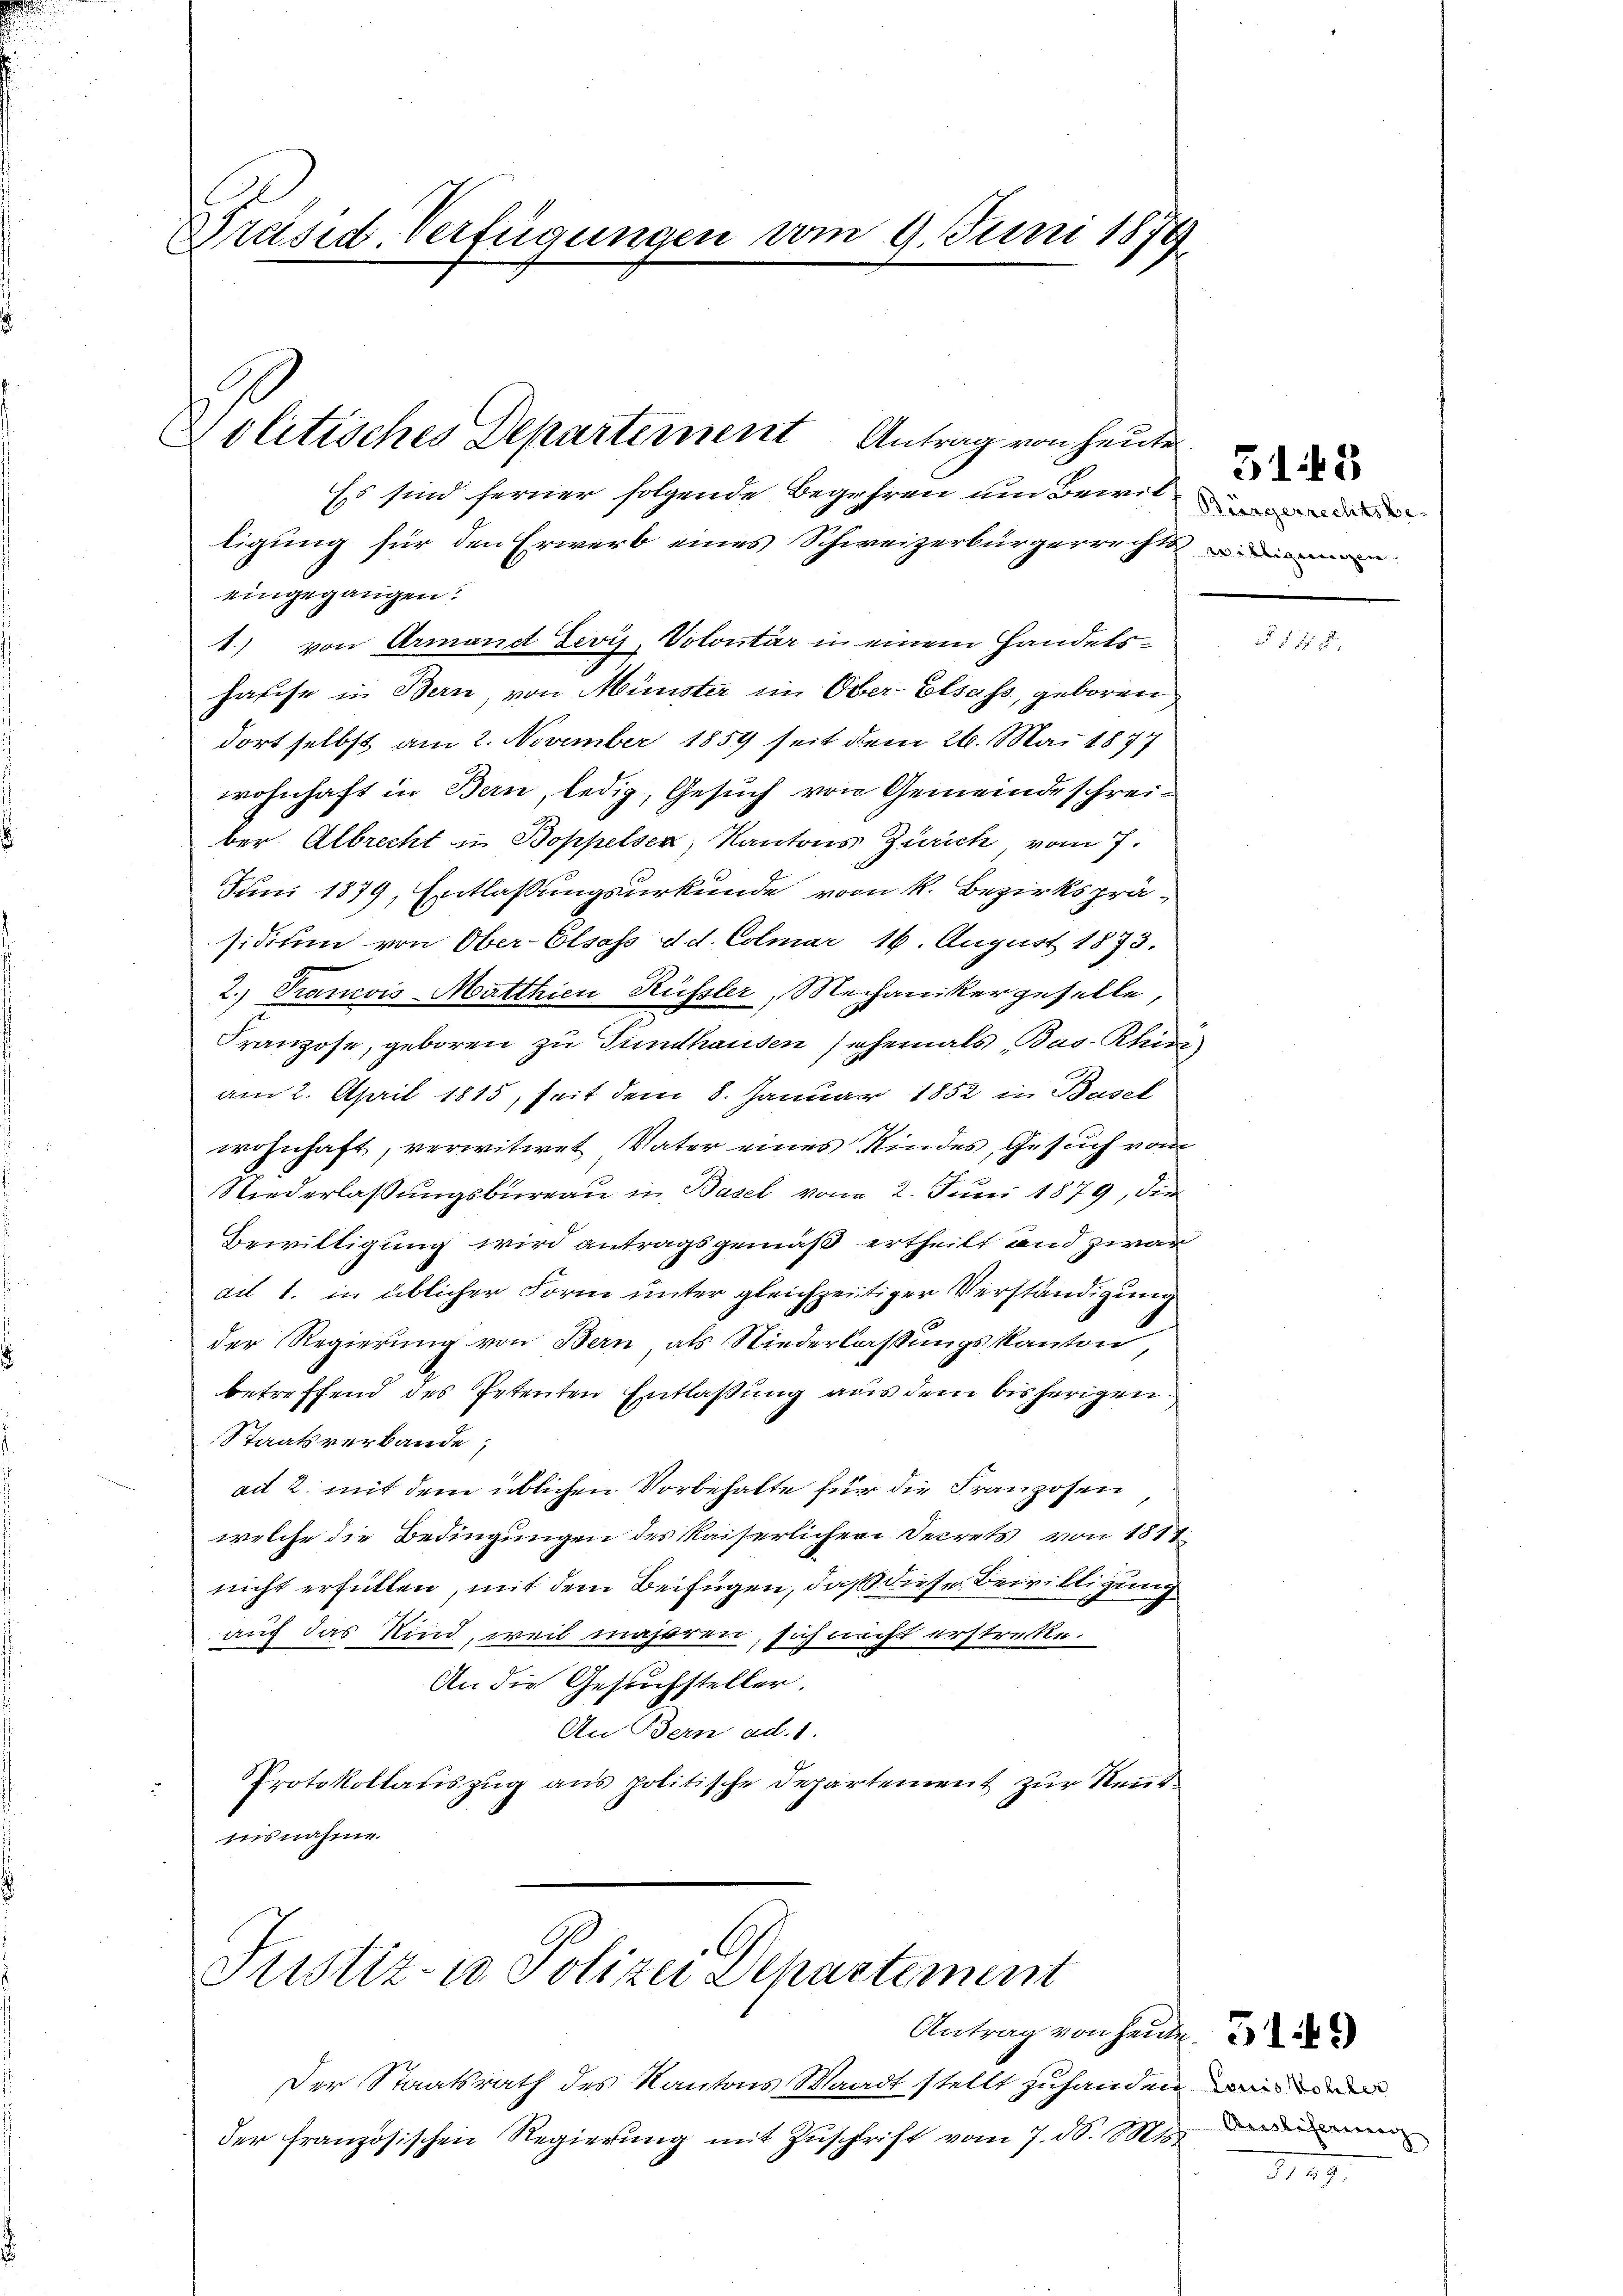
Präsid. Verfügungen vom 9. Juni 1879

Politisches Departement Antrag von heute

Es sind ferner folgende Begehren um Bewilligung für den Erwerb eines Schweizerbürgerrechts die ein
eingegangen?
1.) von Armand Levis, Volontär in einem Handelshause in Bern, von Münster im Ober-Elsass, geboren
dort selbst am 2. November 1859 seit dem 26. Mai 1877
wohnhaft in Bern, ledig, Gesuch von Gemeinde schreiber. Albrecht in Boppelsen, Kantons Zürich vom 7.
Juni 1879, Entlassungsurkunde vom k. Bezirkspräsidium von Ober-Elsass d. d. Colmar 16. August 1873.
2.) Trancois Matthien Küssler, Mechanikergeselle,
Franzose, geboren zu Gundhausen sehemals Bas- Rhin
am 2. April 1815, seit dem 8. Januar 1852 in Basel
wohnhaft, verwitwet Vater eines Kindes, Gesuch von
Niederlassungsbureau in Basel vom 2. Juni 1879, dies
Bewilligung wird antragsgemäß ertheilt und zwar
ad 1. in üblicher Form unter gleichzeitiger Verständigung
der Regierung von Bern als Niederlassungskanton,
betreffend des Petenten Entlaßung aus dem bisherigen
Staatsverbande
ad 2. mit dem üblichen Vorbehalte für die Franzosen
welche die Bedingungen des Kaiserlichen Decrets von 1814
nicht erfüllen, mit dem Beifügen, daß diese Bewilligung
auch das Kind, weil näheren, sich nicht erstrecke.
An die Gesuchsteller.
An Bern ad. 1.
Protokollaŭszŭg ans politische Departement zur Neur-
iisnahme.

Justiz- u Polizei Dehastement

Antrag von heute.
Der Staatsrath des Kantons Waadt stellt zuhanden er
der französischen Regierung mit Zuschrift vom 7. d. Mts.

Bürgerrechtsbe-

3145

Acostiferenz

3